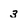
Character: 3